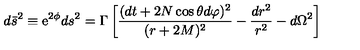
d \bar { s } ^ { 2 } \equiv \mathrm { e } ^ { 2 \phi } d s ^ { 2 } = \Gamma \left[ \frac { ( d t + 2 N \cos \theta d \varphi ) ^ { 2 } } { ( r + 2 M ) ^ { 2 } } - \frac { d r ^ { 2 } } { r ^ { 2 } } - d \Omega ^ { 2 } \right]